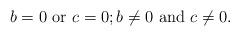
LaTeX: \begin{align*} b=0\mbox{ or }c=0; b\neq 0 \mbox{ and }c\neq 0.\end{align*}